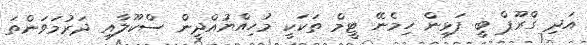
އަދި ގްރޫޕް ބީ ފަޅިން ހިމެނޭ ޓީމް ތަކަކީ މުހިއްޔުއްދީން ސްކޫލާއި ދަރުމަވަންތަ